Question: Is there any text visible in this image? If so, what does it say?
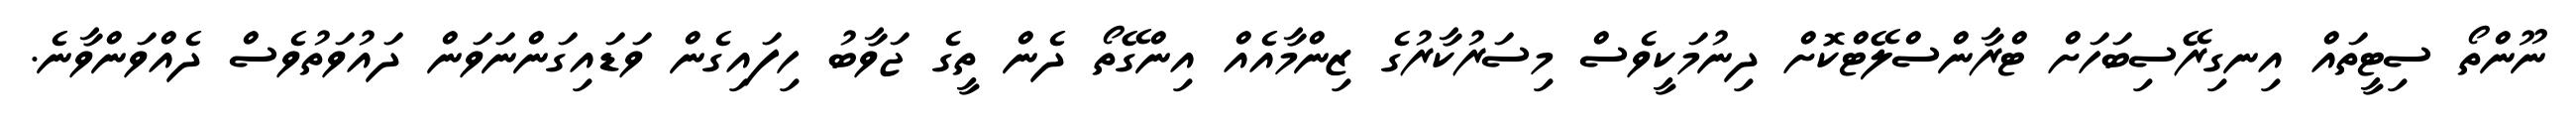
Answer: ނޫންތޯ ސިޓީތައް އިނގިރޭސިބަހަށް ޓްރާންސްލޭޓްކޮށް ދިނުމަކީވެސް މިސަރުކާރުގެ ޒިންމާއެއް އިންގޭތޯ ދެން ތީގެ ޖަވާބު ހިފައިގެން ވަޑައިގަންނަވަން ދައުވަތުވެސް ދެއްވަންވާނެ.